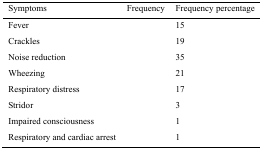
<table><thead><tr><td><b>Symptoms</b></td><td><b>Frequency</b></td><td><b>Frequency percentage</b></td></tr></thead><tbody><tr><td>Fever</td><td>[EMPTY_CELL]</td><td>15</td></tr><tr><td>Crackles</td><td>[EMPTY_CELL]</td><td>19</td></tr><tr><td>Noise reduction</td><td>[EMPTY_CELL]</td><td>35</td></tr><tr><td>Wheezing</td><td>[EMPTY_CELL]</td><td>21</td></tr><tr><td>Respiratory distress</td><td>[EMPTY_CELL]</td><td>17</td></tr><tr><td>Stridor</td><td>[EMPTY_CELL]</td><td>3</td></tr><tr><td>Impaired consciousness</td><td>[EMPTY_CELL]</td><td>1</td></tr><tr><td>Respiratory and cardiac arrest</td><td>[EMPTY_CELL]</td><td>1</td></tr></tbody></table>